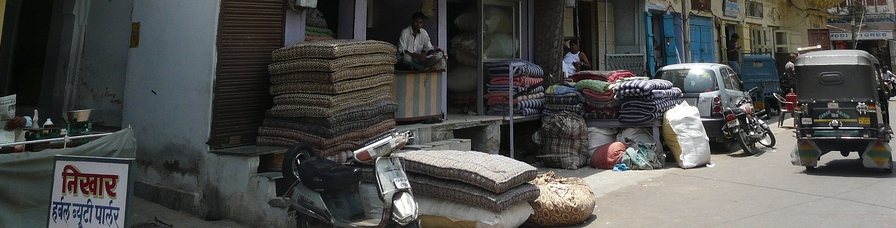
Language: hindi
Transcription: पार्लर व्यूटी हर्बल निखार